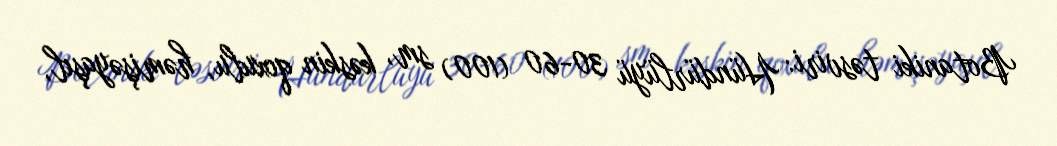
Botaniki təsviri: Hündürlüyü 30-60 (100) sm, kəskin qoxulu, həmişəyaşıl,